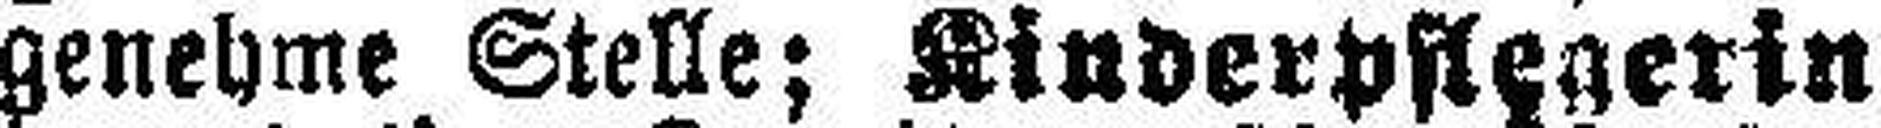
genehme Stelle; Kinderpflegerin